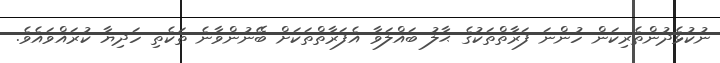
ނުކުޅެދުންތެރިކަން ހުންނަ ފަރާތްތަކުގެ ޙާލު ބައްލަވާ އެފަރާތްތަކަށް ބޭނުންވާނެ ތަކެތި ހަދިޔާ ކުރައްވައެވެ.